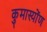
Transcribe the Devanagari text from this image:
कुमास्योंण